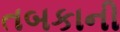
તબકાની